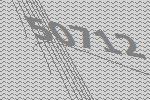
50712